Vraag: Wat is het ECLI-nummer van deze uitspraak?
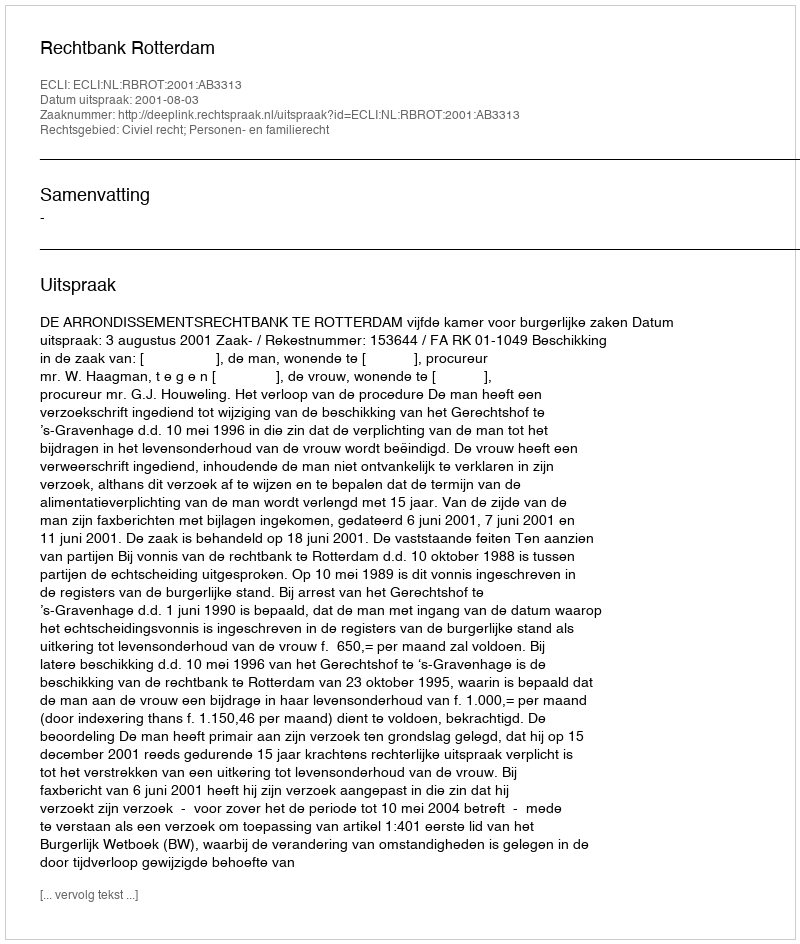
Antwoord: ECLI:NL:RBROT:2001:AB3313